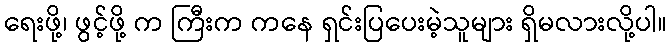
ရေးဖို့၊ ဖွင့်ဖို့ က ကြီးက ကနေ ရှင်းပြပေးမဲ့သူများ ရှိမလားလို့ပါ။